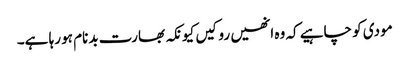
مودی کو چاہیے کہ وہ انھیں روکیں کیونکہ بھارت بدنام ہو رہا ہے۔